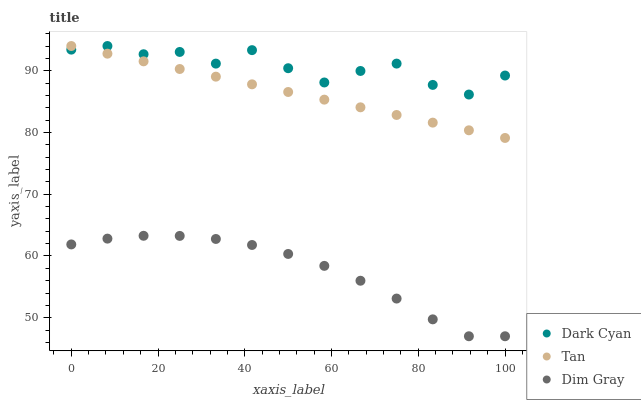
| xaxis_label | Dark Cyan | Tan | Dim Gray |
 | --- | --- | --- | --- |
 | 0 | 93.4 | 94 | 61.9 |
 | 8.33 | 94 | 92.8 | 62.8 |
 | 16.7 | 92.7 | 91.5 | 63.3 |
 | 25 | 93 | 90.3 | 63.3 |
 | 33.3 | 91.2 | 89 | 62.8 |
 | 41.7 | 93.3 | 87.8 | 61.8 |
 | 50 | 90.4 | 86.6 | 60.3 |
 | 58.3 | 88.1 | 85.3 | 58.4 |
 | 66.7 | 90 | 84.1 | 56 |
 | 75 | 91.2 | 82.8 | 53.1 |
 | 83.3 | 87.7 | 81.6 | 49.7 |
 | 91.7 | 86.1 | 80.4 | 47 |
 | 100 | 89.2 | 79.1 | 47 |